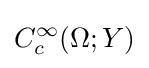
C_{c}^{\infty }(\Omega ;Y)